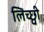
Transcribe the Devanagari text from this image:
लिच्छ्वी